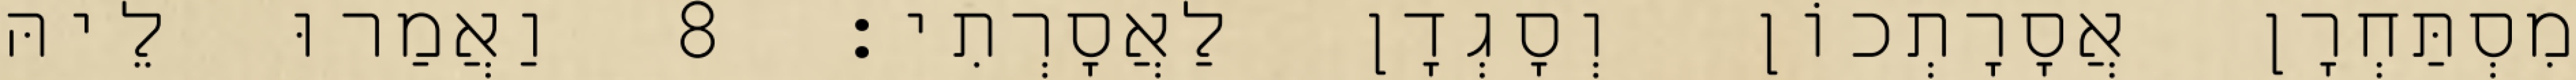
מִסְתַּחְרָן אֲסָרָתְכוֹן וְסָגְדָן לַאֲסָרְתִי׃ 8 וַאֲמַרוּ לֵיהּ